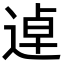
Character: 逴